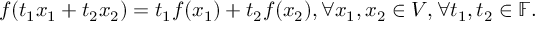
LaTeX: f ( t _ { 1 } x _ { 1 } + t _ { 2 } x _ { 2 } ) = t _ { 1 } f ( x _ { 1 } ) + t _ { 2 } f ( x _ { 2 } ) , \forall x _ { 1 } , x _ { 2 } \in V , \forall t _ { 1 } , t _ { 2 } \in \mathbb { F } .